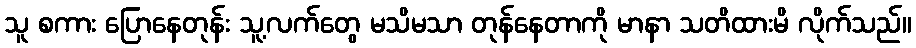
သူ စကား ပြောနေတုန်း သူ့လက်တွေ မသိမသာ တုန်နေတာကို မာနာ သတိထားမိ လိုက်သည်။